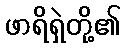
ဖာရိရှဲတို့၏